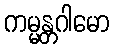
ကမ္မန္တဂါမော